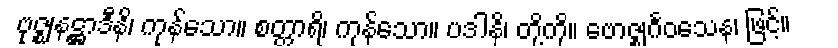
ဗုဇ္ဈနဋ္ဌာဒီနိ၊ ကုန်သော။ စတ္တာရိ၊ ကုန်သော။ ပဒါနိ၊ တို့ကို။ ဗောဇ္ဈင်္ဂဝသေန၊ ဖြင့်။